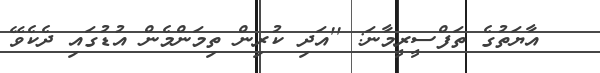
އާޔަތުގެ ތަފްސީރީމާނަ: ''އަދި ކުރިން ތިމަންމެން އުޑުގައި ދެކެވޭ